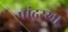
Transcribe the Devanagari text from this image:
पांढरखा